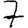
Digit: 7